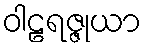
ဝါဠရဇ္ဇုယာ